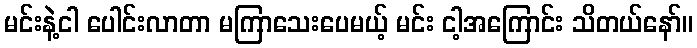
မင်းနဲ့ငါ ပေါင်းလာတာ မကြာသေးပေမယ့် မင်း ငါ့အကြောင်း သိတယ်နော်။